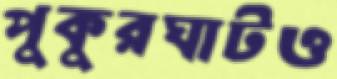
পুকুরঘাটও